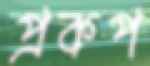
প্রকপ